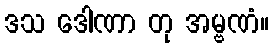
ဒသ ဒေါဏာ တု အမ္ဗဏံ။